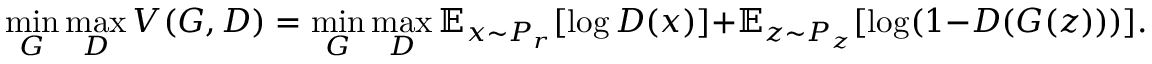
\operatorname* { m i n } _ { G } \operatorname* { m a x } _ { D } V ( G , D ) = \operatorname* { m i n } _ { G } \operatorname* { m a x } _ { D } \mathbb { E } _ { x \sim P _ { r } } [ \log D ( x ) ] + \mathbb { E } _ { z \sim P _ { z } } [ \log ( 1 - D ( G ( z ) ) ) ] .